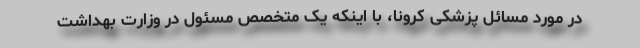
در مورد مسائل پزشکی کرونا، با اینکه یک متخصص مسئول در وزارت بهداشت